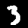
Label: 3